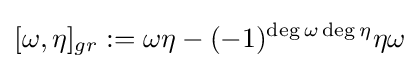
[\omega ,\eta ]_{gr}:=\omega \eta -(-1)^{\deg \omega \deg \eta }\eta \omega